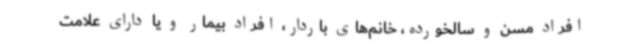
افراد مسن و سالخورده، خانم‌های باردار، افراد بیمار و یا دارای علامت